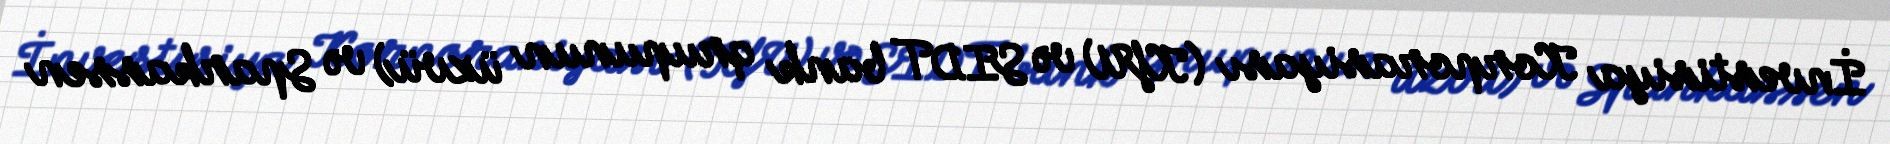
İnvestisiya Korporasiyası (KfW və SIDT bank qrupunun üzvü) və Sparkassen